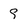
Character: 9